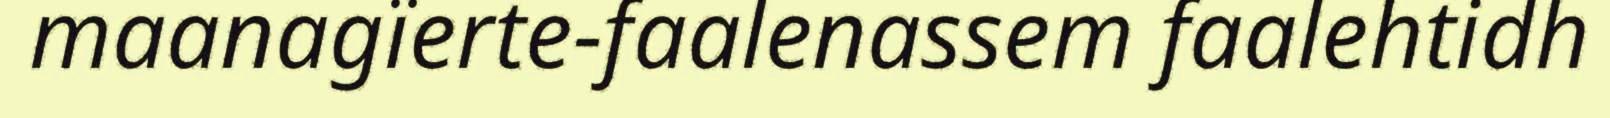
maanagïerte-faalenassem faalehtidh